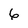
Character: 6